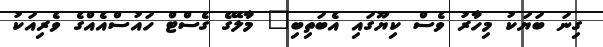
ގިނަ ބަޔަކު މިހާރު ވެސް ކިޔޫގައި އެބަތިބި" މާލޭގެ ގެސްޓް ހައުސްއެއްގެ ވެރިއަކު